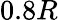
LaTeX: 0.8R